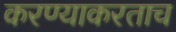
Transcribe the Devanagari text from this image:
करण्याकरताच